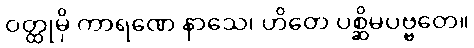
ဝတ္ထုမှိ ကာရဏေ နာသေ၊ ဟိတေ ပစ္ဆိမပဗ္ဗတေ။